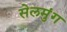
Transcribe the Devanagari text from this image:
सेलमुंग